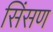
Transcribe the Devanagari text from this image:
सिंसण